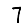
Digit: 7